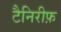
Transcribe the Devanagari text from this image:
टैनिरीफ़